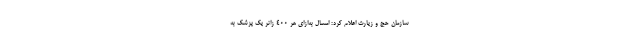
سازمان حج و زیارت اعلام کرد: امسال به‌ازای هر ۴۰۰ زائر یک پزشک به